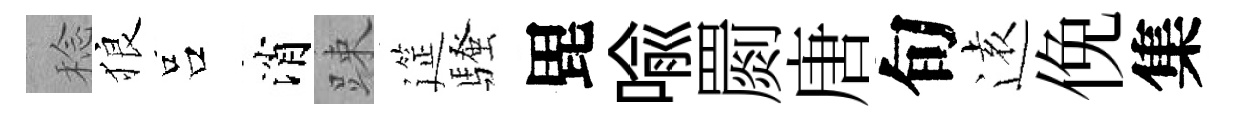
稔狼吕消踈筵騷毘喩罽唐旬逺俛集